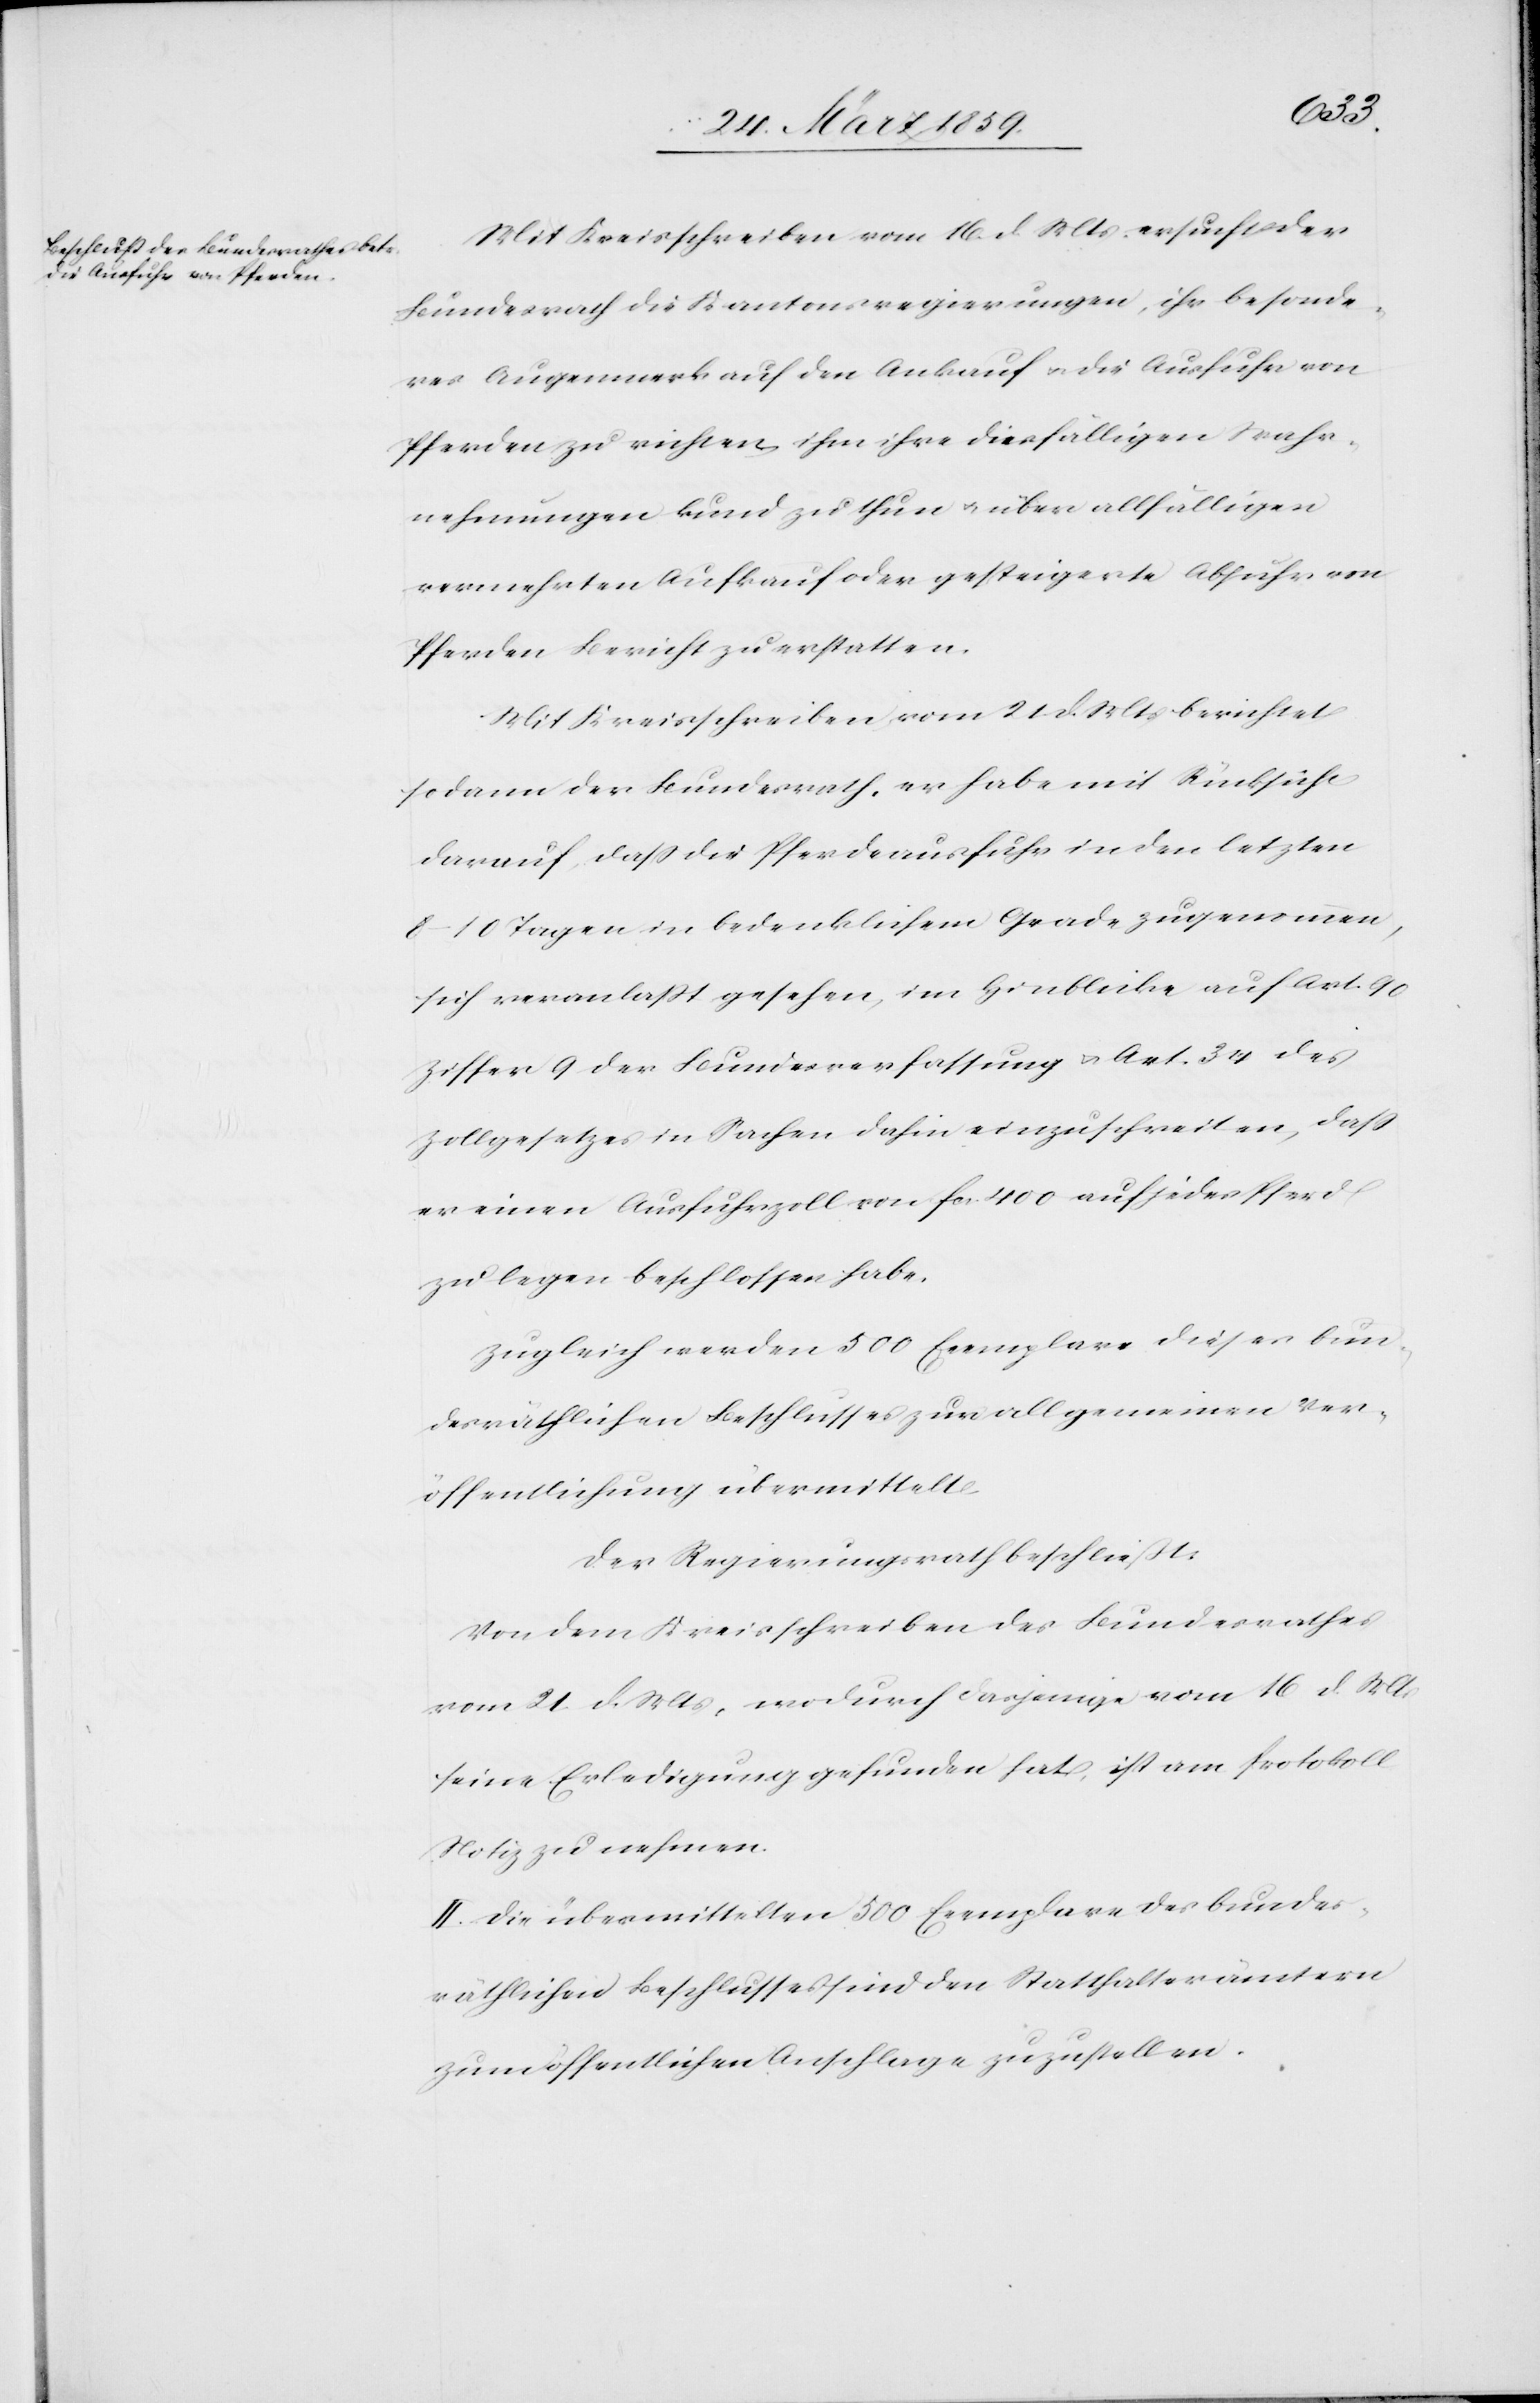
Mit Kreisschreiben vom 16. d. Mts ersucht der
Bundesrath die Kantonsregierungen, ihr besonde¬
res Augenmerk auf den Ankauf u. die Ausfuhr von
Pferden zu richten, ihm ihre diesfälligen Wahr¬
nehmungen kund zu thun u. über allfälligen
vermehrten Aufkauf oder gesteigerte Abfuhr von
Pferden Bericht zu erstatten.
Mit Kreisschreiben vom 21 d. Mts berichtet
sodann der Bundesrath, er habe mit Rücksicht
darauf, daß die Pferdeausfuhr in den letzten
8–10 Tagen in bedenklichem Grade zugenommen,
sich veranlaßt gesehen, im Hinblicke auf Art. 90
Ziffer 9 der Bundesverfassung u. Art. 34 des
Zollgesetzes in Sachen dahin einzuschreiten, daß
er einen Ausführzoll von fcs. 400 auf jedes Pferd
zu legen beschlossen habe.
Zugleich werden 500 Exemplare dieses bun¬
desräthlichen Beschlusses zur allgemeinen Ver¬
öffentlichung übermittelt.
Der Regierungsrath beschließt:
Von dem Kreisschreiben des Bundesrathes
vom 21. d. Mts, wodurch dasjenige vom 16 d. Mts
seine Erledigung gefunden hat, ist am Protokoll
Notiz zu nehmen.
II. Die übermittelten 5 Exemplare des bundes¬
räthlichen Beschlusses sind den Statthalterämtern
zum öffentlichen Anschlage zuzustellen.